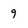
Character: 9